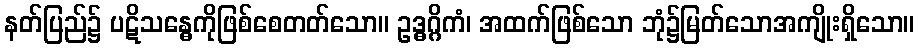
နတ်ပြည်၌ ပဋိသန္ဓေကိုဖြစ်စေတတ်သော။ ဥဒ္ဓဂ္ဂိကံ၊ အထက်ဖြစ်သော ဘုံ၌မြတ်သောအကျိုးရှိသော။